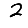
Digit: 2